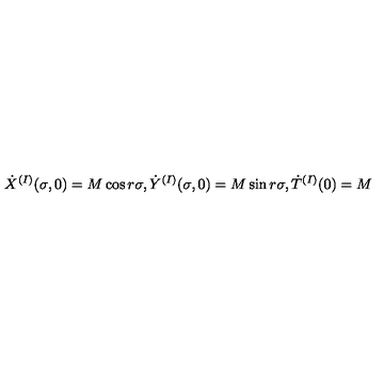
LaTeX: { \dot { X } } ^ { ( I ) } ( \sigma , 0 ) = M \cos r \sigma , { \dot { Y } } ^ { ( I ) } ( \sigma , 0 ) = M \sin r \sigma , { \dot { T } } ^ { ( I ) } ( 0 ) = M